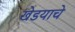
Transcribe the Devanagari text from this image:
खेडयाचे